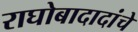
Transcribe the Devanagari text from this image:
राघोबादादांचे